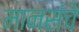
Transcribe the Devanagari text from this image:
मानसंचे